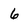
Character: 6